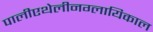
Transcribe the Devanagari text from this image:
पालीएथेलीनग्लायिकाल